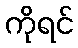
ကိုရင်